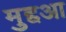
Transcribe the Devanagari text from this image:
मुद्दआ